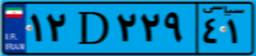
۵۸D۸۶۵۸۵